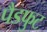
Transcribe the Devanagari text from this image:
पैडफुट